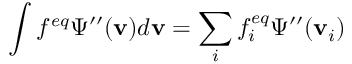
\int f ^ { e q } \Psi ^ { \prime \prime } ( \mathbf { v } ) d \mathbf { v } = \sum _ { i } f _ { i } ^ { e q } \Psi ^ { \prime \prime } ( \mathbf { v } _ { i } )